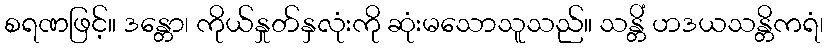
စရဏဖြင့်။ ဒန္တော၊ ကိုယ်နှုတ်နှလုံးကို ဆုံးမသောသူသည်။ သန္တိံ ဟဒယသန္တိကရံ၊